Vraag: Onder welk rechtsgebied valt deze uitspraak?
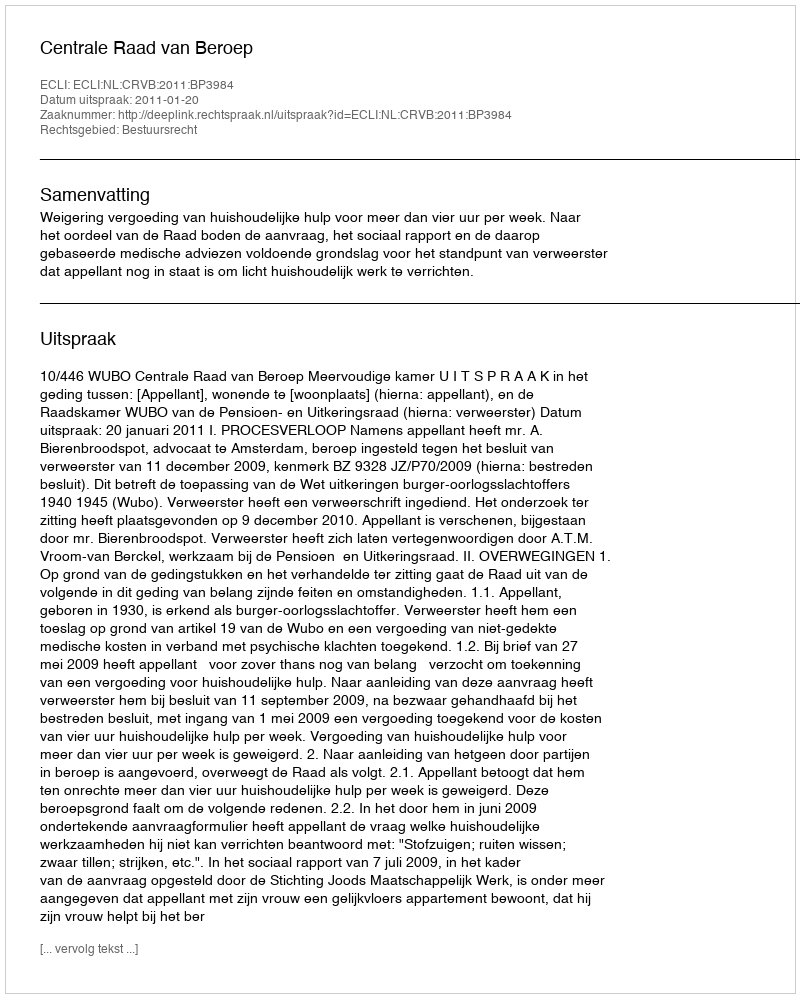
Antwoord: Bestuursrecht